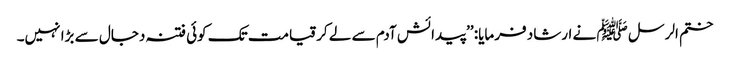
ختم الرسل ﷺ نے ارشاد فرمایا: ’’پیدائش آدم سے لے کر قیامت تک کوئی فتنہ دجال سے بڑا نہیں۔